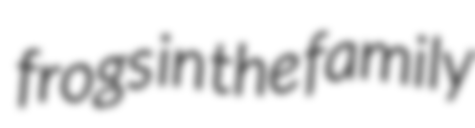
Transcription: frogs in the family